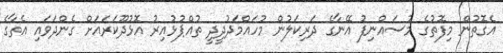
އެގޮތުން މިފޮތުގެ މުސައްނިފު އޭނާގެ ދަރިކަލުން މުހައްމަދުދީދީ ތުއްޕުޅުއިރު އޮޅުދޫކަރައަށް ގެންދަވައި އެތާގެ